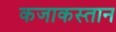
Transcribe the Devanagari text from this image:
कजाकस्तान